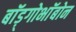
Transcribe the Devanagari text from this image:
बाॅड़्गोभाॅबोन